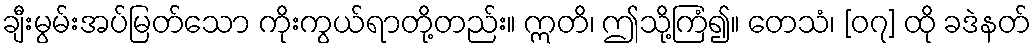
ချီးမွမ်းအပ်မြတ်သော ကိုးကွယ်ရာတို့တည်း။ ဣတိ၊ ဤသို့ကြံ၍။ တေသံ၊ [၀၇] ထို ခဒဲနတ်